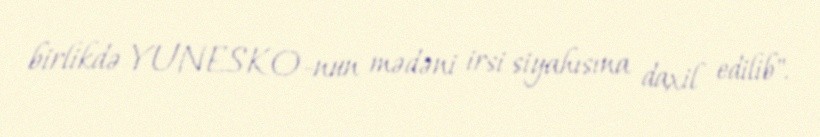
birlikdə YUNESKO-nun mədəni irsi siyahısına daxil edilib".